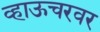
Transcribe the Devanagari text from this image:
व्हाऊचरवर